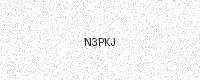
Text: N3PKJ